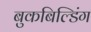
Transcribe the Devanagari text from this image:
बुकबिल्डिंग